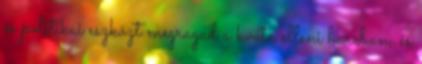
és politikai eszközt megragad a kvóta elleni harcban, és